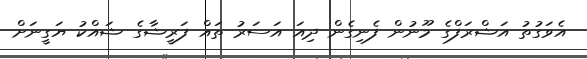
އެވަގުތު އަޝްރަފްގެ މޫނުން ފެނިގެން ދިއަ އަސަރު ތައް ފަރީޝާގެ ޝައްކު ޔަގީނަށް